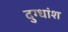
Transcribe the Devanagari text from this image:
दुग्धांश